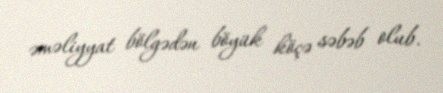
əməliyyat bölgədən böyük köçə səbəb olub.